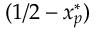
( 1 / 2 - x _ { p } ^ { * } )